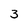
Character: 3